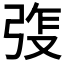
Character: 𫸵